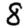
Digit: 8